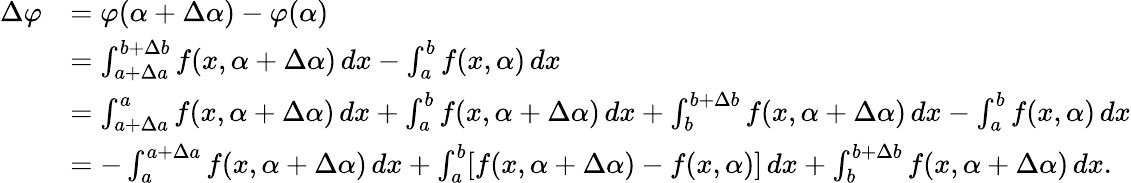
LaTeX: {\begin{array}{rl}{\Delta\varphi}&{=\varphi(\alpha+\Delta\alpha)-\varphi(\alpha)}\\ &{=\int_{a+\Delta a}^{b+\Delta b}f(x,\alpha+\Delta\alpha)\, dx-\int_{a}^{b}f(x,\alpha)\, dx}\\ &{=\int_{a+\Delta a}^{a}f(x,\alpha+\Delta\alpha)\, dx+\int_{a}^{b}f(x,\alpha+\Delta\alpha)\, dx+\int_{b}^{b+\Delta b}f(x,\alpha+\Delta\alpha)\, dx-\int_{a}^{b}f(x,\alpha)\, dx}\\ &{=-\int_{a}^{a+\Delta a}f(x,\alpha+\Delta\alpha)\, dx+\int_{a}^{b}[f(x,\alpha+\Delta\alpha)-f(x,\alpha)]\, dx+\int_{b}^{b+\Delta b}f(x,\alpha+\Delta\alpha)\, dx.}\end{array}}